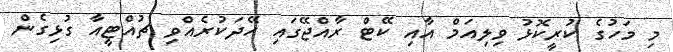
މި މަހުގެ ކުރީކޮޅު ވިލިއަމް އާއި ކޭޓް ރާއްޖޭގައި ހޭދަކުރެއްވި ޗުއްޓީއާ ގުޅިގެން